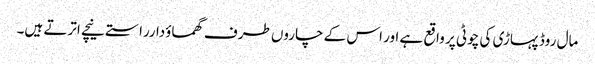
مال روڈ پہاڑی کی چوٹی پر واقع ہے اور اس کے چاروں طرف گھماوٴدارراستے نیچے اترتے ہیں۔